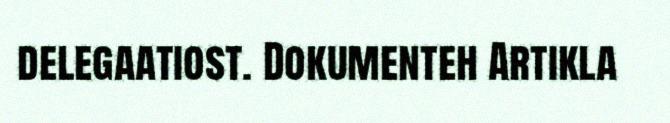
delegaatiost. Dokumenteh Artikla